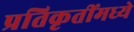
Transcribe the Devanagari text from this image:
प्रतिकृतींमध्ये